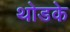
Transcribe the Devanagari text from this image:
थोडके